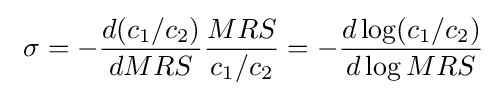
\ \sigma =-{\frac {d(c_{1}/c_{2})}{dMRS}}{\frac {MRS}{c_{1}/c_{2}}}=-{\frac {d\log(c_{1}/c_{2})}{d\log MRS}}